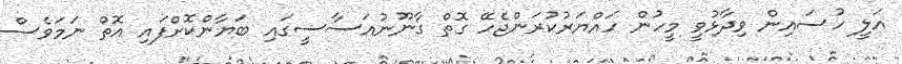
އަލީ ހުސައިން ވިދާޅުވީ މީހުން ހައްޔަރުކުރަންޖެހޭ ގޮތް ގާނޫނުއަސާސީގައި ބަޔާންކޮށްފައި އޮތް ނަމަވެސް